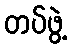
တပ်ဖွဲ့